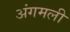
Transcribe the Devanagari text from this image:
अंगमली